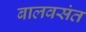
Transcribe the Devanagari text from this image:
बालवसंत